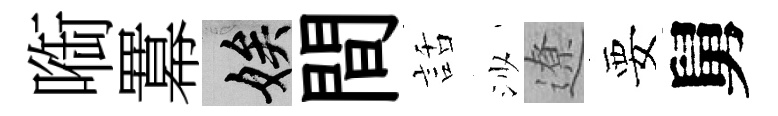
㗸羃娭間話沙遼要舅